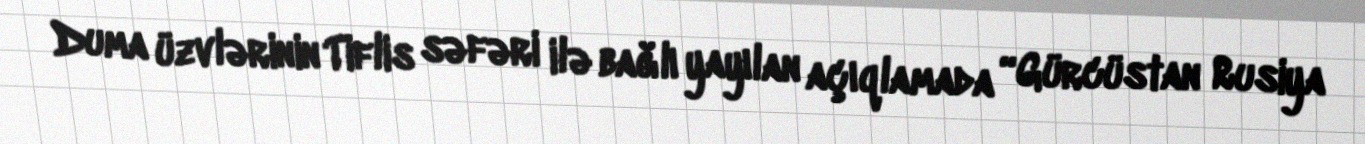
Duma üzvlərinin Tiflis səfəri ilə bağlı yayılan açıqlamada “Gürcüstan Rusiya